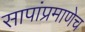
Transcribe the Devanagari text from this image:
सापांप्रमाणेच